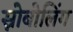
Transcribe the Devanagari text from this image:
स्नोबोलिंग